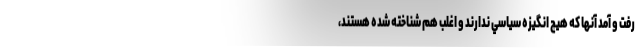
رفت و آمد آنها كه هيچ انگيزه سياسي ندارند و اغلب هم شناخته شده هستند،